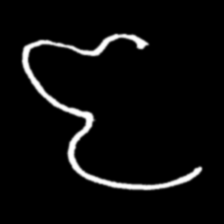
Pyu character \u2014 Myanmar letter: ဇ (romanized: ja)